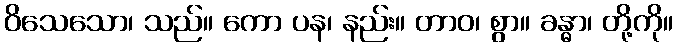
ဝိသေသော၊ သည်။ ကော ပန၊ နည်း။ တာဝ၊ စွာ။ ခန္ဓာ၊ တို့ကို။